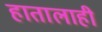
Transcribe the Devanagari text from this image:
हातालाही